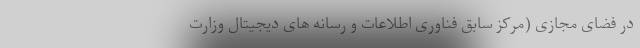
در فضای مجازی (مرکز سابق فناوری اطلاعات و رسانه های دیجیتال وزارت